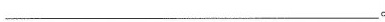
_______________________